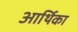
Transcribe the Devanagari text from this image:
आर्थिका